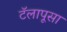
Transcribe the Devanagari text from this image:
टॅलापूसा